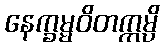
နေက္ခမ္မဝိတက္ကမ္ပိ